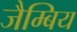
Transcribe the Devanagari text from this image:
जैम्बिय